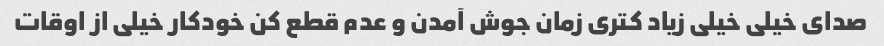
صدای خیلی خیلی زیاد کتری زمان جوش آمدن و عدم قطع کن خودکار خیلی از اوقات